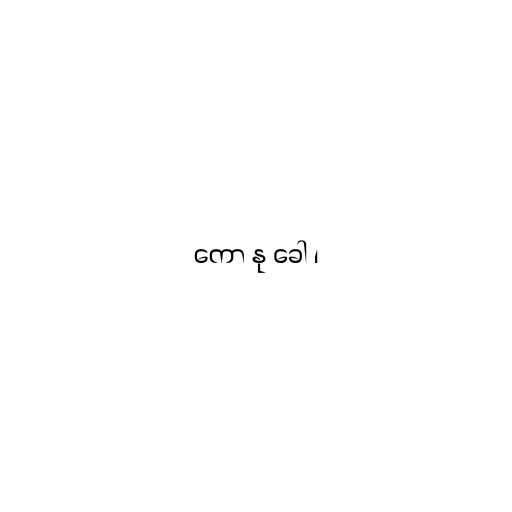
ကော နု ခေါ ၊